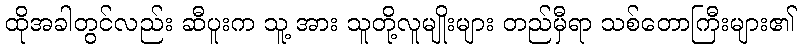
ထိုအခါတွင်လည်း ဆီပူးက သူ့ အား သူတို့လူမျိုးများ တည်မှီရာ သစ်တောကြီးများ၏